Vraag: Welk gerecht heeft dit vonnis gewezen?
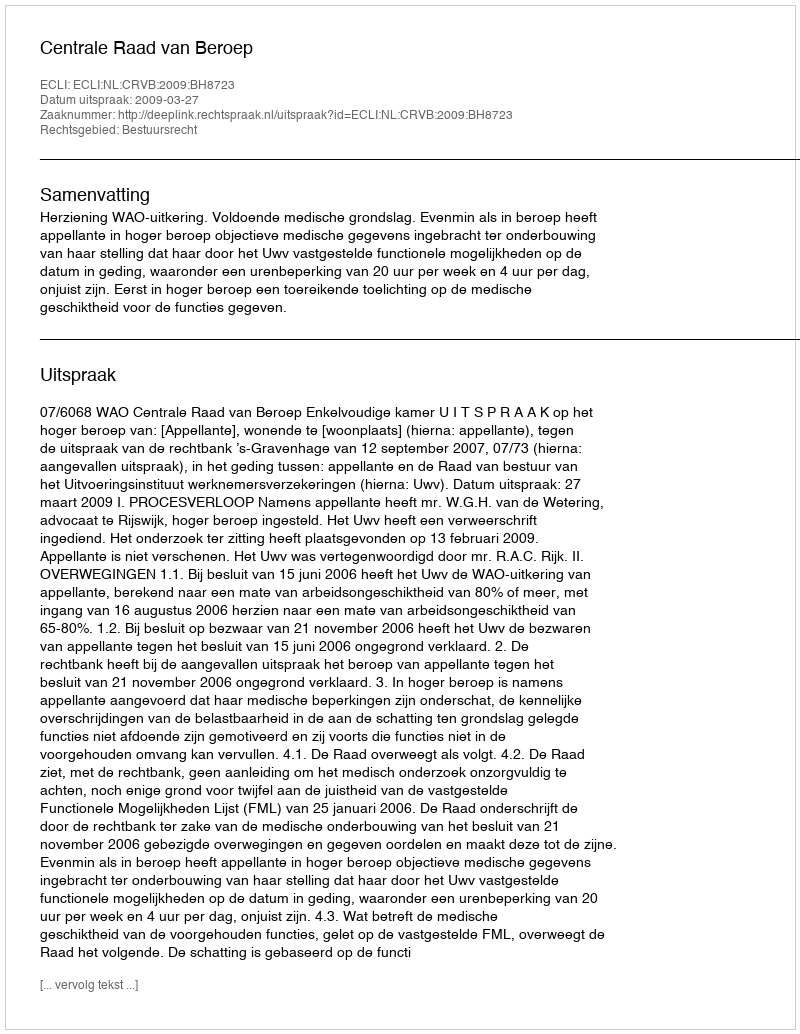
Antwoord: Centrale Raad van Beroep